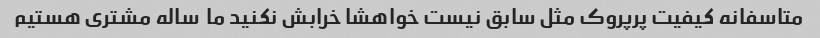
متاسفانه کیفیت پرپروک مثل سابق نیست خواهشا خرابش نکنید ما  ساله مشتری هستیم